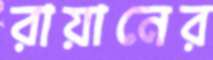
রায়ানের